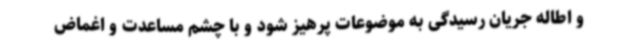
و اطاله جریان رسیدگی به موضوعات پرهیز شود و با چشم مساعدت و اغماض